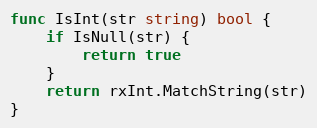
Language: Go
func IsInt(str string) bool {
	if IsNull(str) {
		return true
	}
	return rxInt.MatchString(str)
}